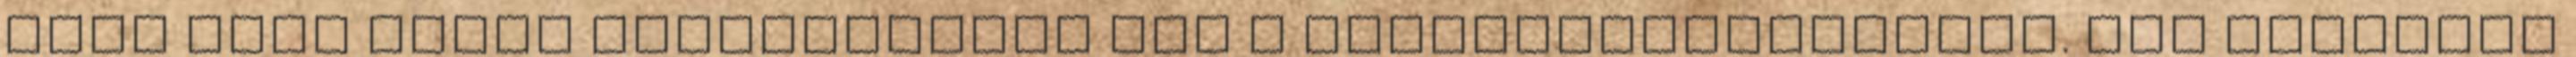
Ezek után egybe szavaztatnám meg a rendeletmódosítást. Aki egyetért